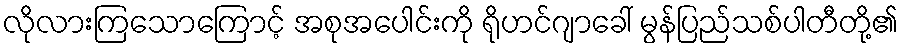
လိုလားကြသောကြောင့် အစုအပေါင်းကို ရိုဟင်ဂျာခေါ် မွန်ပြည်သစ်ပါတီတို့၏